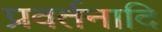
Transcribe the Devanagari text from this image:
प्रवर्तनादि